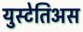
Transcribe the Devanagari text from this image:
युस्टेतिअस